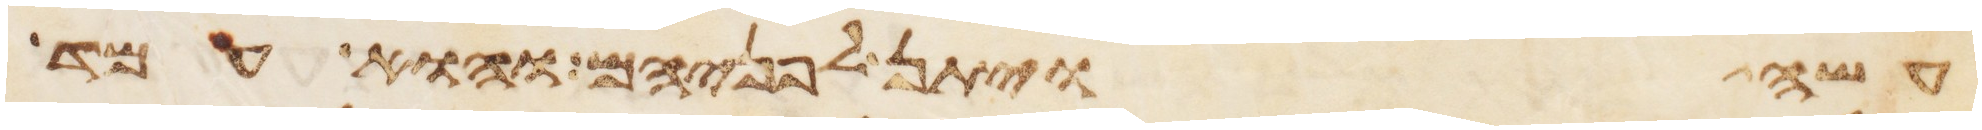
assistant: עשה ויתן לפניהם והוא עמד